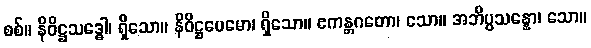
စစ်။ နိဝိဋ္ဌသဒ္ဓေါ၊ ရှိသော။ နိဝိဋ္ဌပေမော၊ ရှိသော။ ဧကန္တဂတော၊ သော။ အဘိပ္ပသန္နော၊ သော။